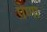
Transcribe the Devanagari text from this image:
प्रेणा